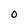
Character: O